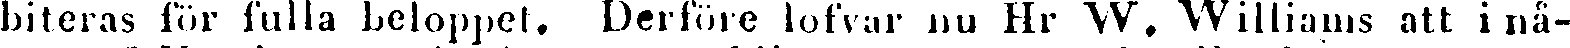
biteras för fulla beloppet. Derföre lofvar nu Hr W. Williams att i nå-